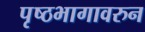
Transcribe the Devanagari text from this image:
पृष्ठभागावरुन